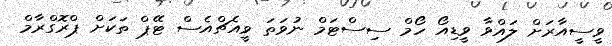
ވީސީއާރަށް ލައްވާ ވީޑިއޯ ހޯމް ސިސްޓަމް ނުވަތަ ވީއެޗްއެސް ޓޭޕް ތަކަށް ޕްރޮގްރާމް